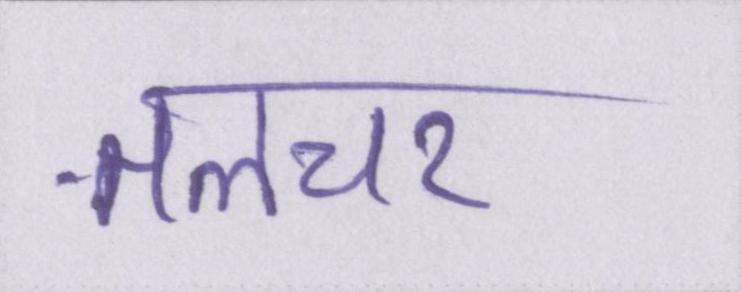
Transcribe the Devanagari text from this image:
तलचर